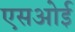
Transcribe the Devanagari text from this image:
एसओई